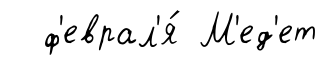
ф'еврал'я́ М'ед'ет